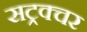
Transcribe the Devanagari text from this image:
सट्रक्चर